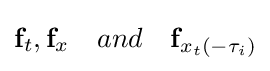
\mathbf {f} _{t},\mathbf {f} _{x}\quad and\quad \mathbf {f} _{x_{t}(-\tau _{i})}